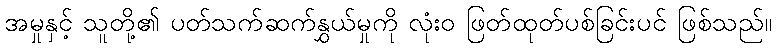
အမှုနှင့် သူတို့၏ ပတ်သက်ဆက်နွှယ်မှုကို လုံးဝ ဖြတ်ထုတ်ပစ်ခြင်းပင် ဖြစ်သည်။